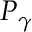
P _ { \gamma }